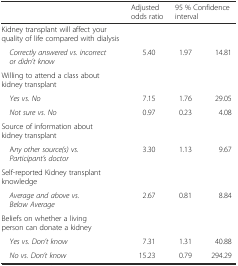
<table><thead><tr><td></td><td><b>Adjusted odds ratio</b></td><td colspan="2"><b>95 % Confidence interval</b></td></tr></thead><tbody><tr><td>Kidney transplant will affect your quality of life compared with dialysis</td><td colspan="3"></td></tr><tr><td> <i>Correctly answered vs. incorrect or didn’t know</i></td><td>5.40</td><td>1.97</td><td>14.81</td></tr><tr><td>Willing to attend a class about kidney transplant</td><td colspan="3"></td></tr><tr><td> <i>Yes vs. No</i></td><td>7.15</td><td>1.76</td><td>29.05</td></tr><tr><td> <i>Not sure vs. No</i></td><td>0.97</td><td>0.23</td><td>4.08</td></tr><tr><td>Source of information about kidney transplant</td><td colspan="3"></td></tr><tr><td> A<i>ny other source(s) vs. Participant’s doctor</i></td><td>3.30</td><td>1.13</td><td>9.67</td></tr><tr><td>Self-reported Kidney transplant knowledge</td><td colspan="3"></td></tr><tr><td> <i>Average and above vs. Below Average</i></td><td>2.67</td><td>0.81</td><td>8.84</td></tr><tr><td>Beliefs on whether a living person can donate a kidney</td><td colspan="3"></td></tr><tr><td> <i>Yes vs. Don’t know</i></td><td>7.31</td><td>1.31</td><td>40.88</td></tr><tr><td> <i>No vs. Don’t know</i></td><td>15.23</td><td>0.79</td><td>294.29</td></tr></tbody></table>